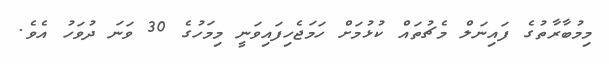
މިމުބާރާތުގެ ފައިނަލް މެޗުތައް ކުޅުމަށް ހަމަޖެހިފައިވަނީ މިމަހުގެ 30 ވަނަ ދުވަހު އެވެ.